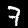
Label: 7